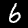
Label: 6